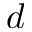
d